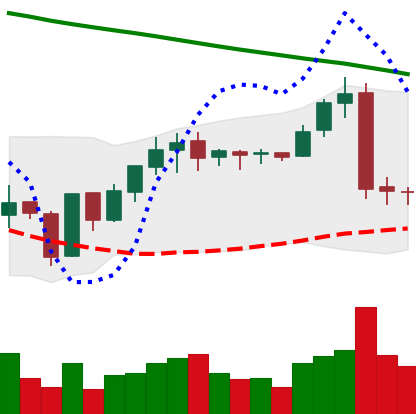
Ticker: BNB-USD
Chart end date: 2019-01-30
Forward return: 14.997%
Label: up_7plus